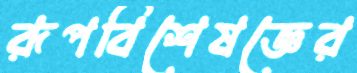
রূপবিশেষজ্ঞের